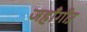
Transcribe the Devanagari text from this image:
जहाँगीऱ